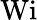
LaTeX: \mathrm{Wi}